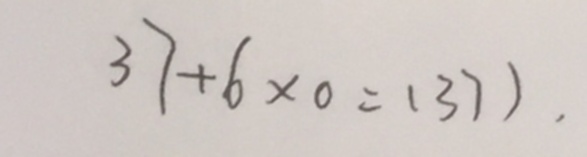
3 7 + 6 \times 0 = ( 3 7 ) ,